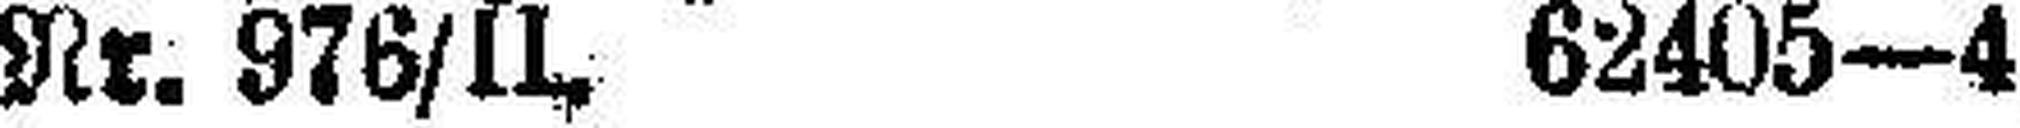
Nr. 976/IL 62405—4